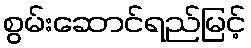
စွမ်းဆောင်ရည်မြင့်